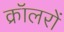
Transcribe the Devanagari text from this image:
क्रॉलरों